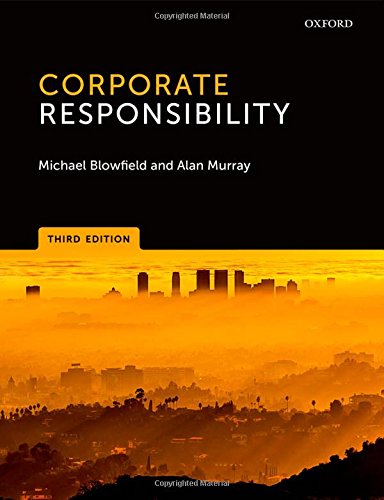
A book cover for Corporate Responsibility; Michael Blowfield; Business & Money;